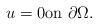
LaTeX: \begin{align*}u=0 \mbox{on} \ \partial \Omega.\end{align*}